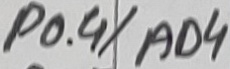
Text: P0.4/AD4